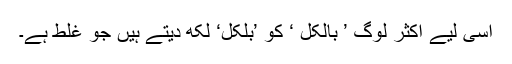
اسی لیے اکثر لوگ ’ بالکل ‘ کو ’بلکل‘ لکھ دیتے ہیں جو غلط ہے۔